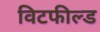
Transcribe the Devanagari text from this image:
विटफील्ड